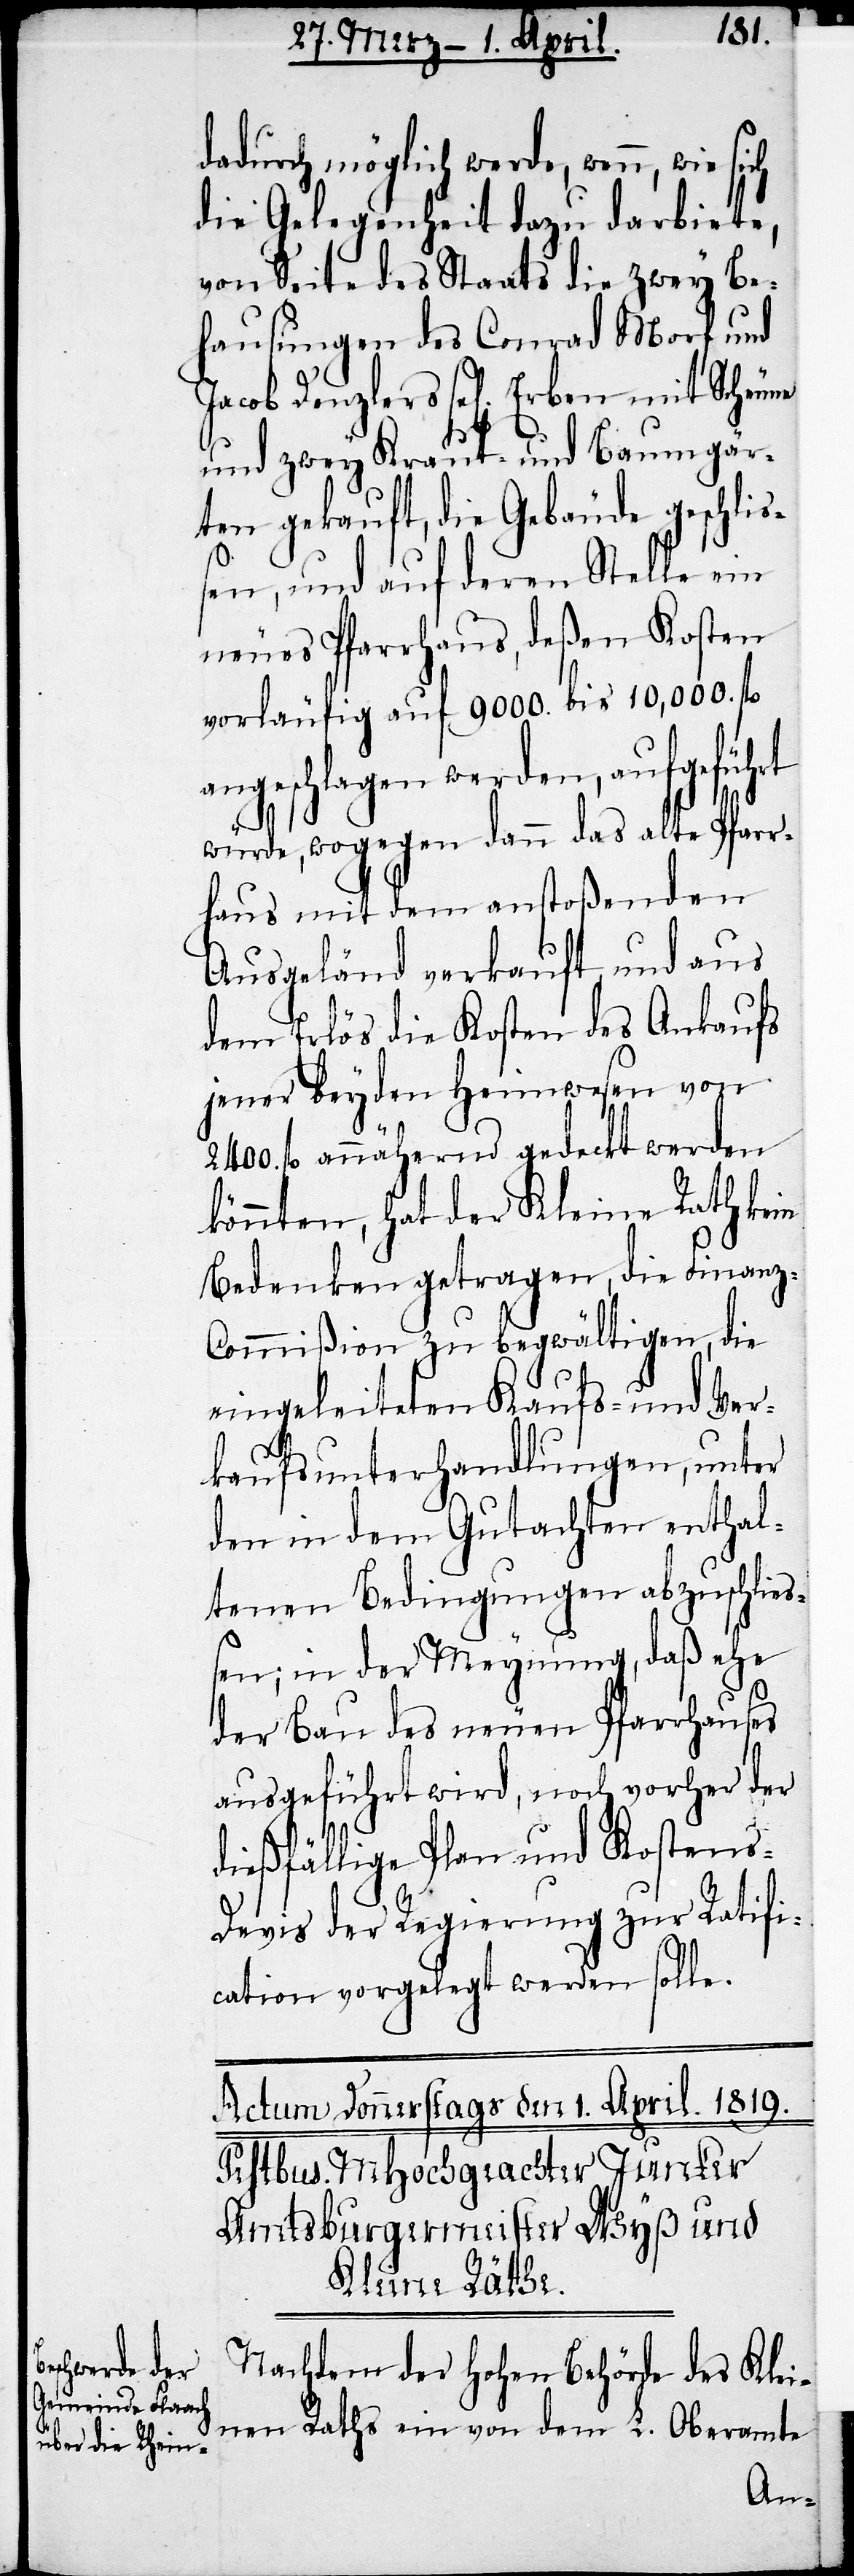
dadurch möglich werde, wenn,
die Gelegenheit dazu darbiete,
von Seite des Staats die zwey Be¬
hausungen des Conrad Morf und
Jacob Denzlers sel[igen] Erben
und zwey Kraut- und Baumgär¬
ten gekauft, die Gebäude geschlis¬
sen, und auf deren Stelle ein
neues Pfarrhaus, deßen Kosten
vorläufig auf 9000. bis 10,000. fl.
ngeschlagen werden, aufgefüh¬
würde, wogegen dann das alte Pfarr¬
haus mit dem anstoßenden
Ausgeländ verkauft und aus
dem Erlös die Kosten des Ankaufs
jener beyden Heimwesen von
fl. annähernd gedeckt werden
könnten, hat der Kleine Rath kein
Bedenken getragen, die Finanz-C¬
ommißion zu begwältigen, die
eingeleiteten Kaufs- und Ver¬
rt
kaufsunterhandlungen, unter
den in dem Gutachten enthal¬
tenen Bedingungen abzuschlie¬
ßen; in der Meynung, daß ehe
der Bau des neuen Pfarrhauses
ausgeführt wird, noch vorher der
dießfällige Plan und Kostens-D¬
evis der Regierung zur Ratifi¬
cation vorgelegt werden solle.
Nachdem der hohen Behörde des Klei¬
nen Raths ein von dem L. Oberamte